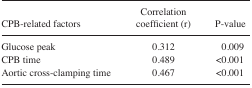
<table><thead><tr><td><b>CPB-related factors</b></td><td><b>Correlation coefficient (r)</b></td><td><b>P-value</b></td></tr></thead><tbody><tr><td>Glucose peak</td><td>0.312</td><td>0.009</td></tr><tr><td>CPB time</td><td>0.489</td><td>&lt;0.001</td></tr><tr><td>Aortic cross-clamping time</td><td>0.467</td><td>&lt;0.001</td></tr></tbody></table>